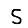
Digit: 5